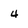
Character: 4